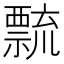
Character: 𥜆